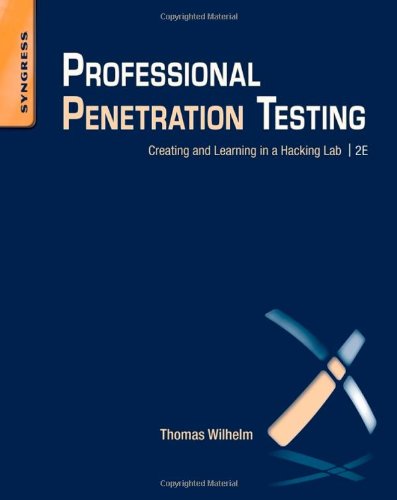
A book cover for Professional Penetration Testing, Second Edition: Creating and Learning in a Hacking Lab; Thomas Wilhelm; Computers & Technology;